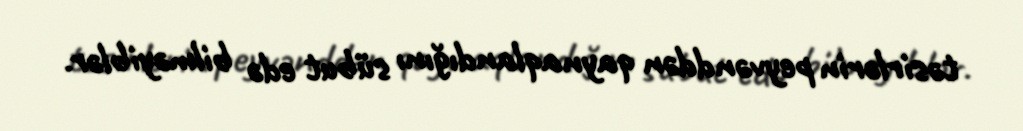
təsirlərin peyvənddən qaynaqlandığını sübut edə bilməyiblər.